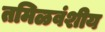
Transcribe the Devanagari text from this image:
तमिळवंशीय